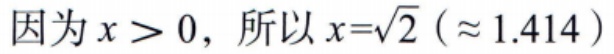
因为\(x > 0\)，所以\(x=\sqrt{2}\ (\approx 1.414)\)